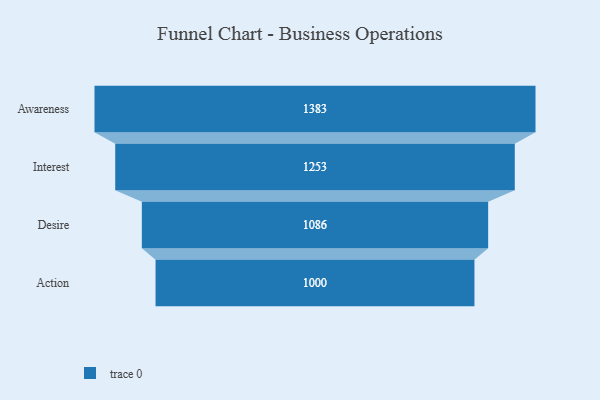
{"axis": {"x": "Stage", "y": "Value"}, "legend": [""], "data": [{"x": "Awareness", "y": 1383.0, "type": ""}, {"x": "Interest", "y": 1253.0, "type": ""}, {"x": "Desire", "y": 1086.0, "type": ""}, {"x": "Action", "y": 1000.0, "type": ""}]}